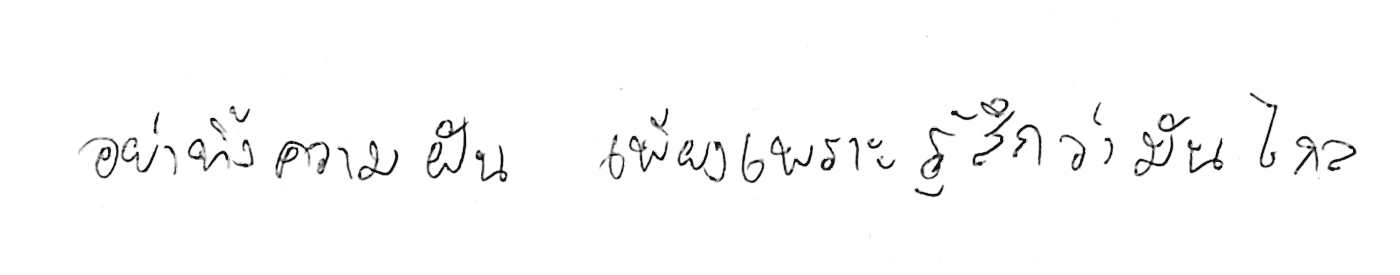
อย่าทิ้งความฝัน เพียงเพราะรู้สึกว่ามันไกล